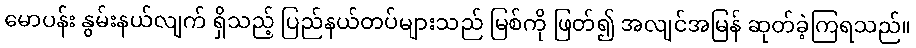
မောပန်း နွမ်းနယ်လျက် ရှိသည့် ပြည်နယ်တပ်များသည် မြစ်ကို ဖြတ်၍ အလျင်အမြန် ဆုတ်ခဲ့ကြရသည်။